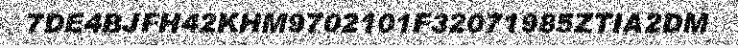
7DE4BJFH42KHM9702101F32071985ZTIA2DM